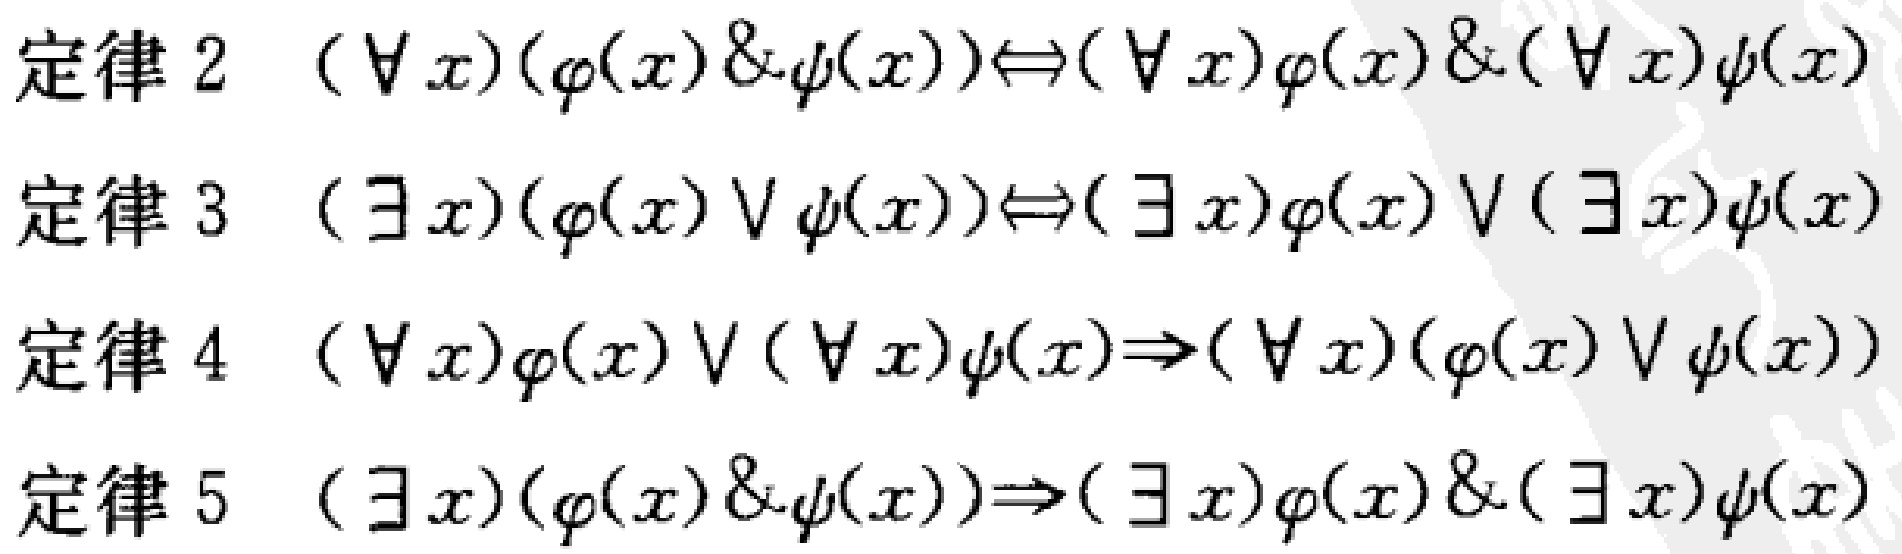
定律 2 \((\forall x)(\varphi(x) \& \psi(x))\Leftrightarrow(\forall x)\varphi(x)\&(\forall x)\psi(x)\)
定律 3 \((\exists x)(\varphi(x) \vee \psi(x))\Leftrightarrow(\exists x)\varphi(x)\vee(\exists x)\psi(x)\)
定律 4 \((\forall x)\varphi(x)\vee(\forall x)\psi(x)\Rightarrow(\forall x)(\varphi(x)\vee \psi(x))\)
定律 5 \((\exists x)(\varphi(x) \& \psi(x))\Rightarrow(\exists x)\varphi(x)\&(\exists x)\psi(x)\)